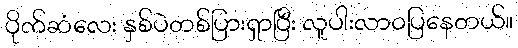
ပိုက်ဆံလေး နှစ်ပဲတစ်ပြားရှာပြီး လူပါးလာဝပြနေတယ်။